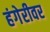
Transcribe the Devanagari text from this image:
हंगेरीवर